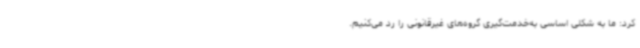
کرد: ما به شکلی اساسی به‌خدمت‌گیری گروه‌های غیرقانونی را رد می‌کنیم.